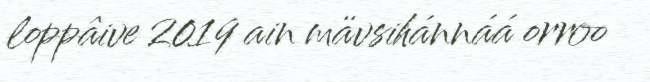
loppâive 2019 ain mävsihánnáá orroo